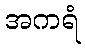
အကရံ